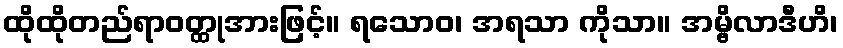
ထိုထိုတည်ရာဝတ္ထုအားဖြင့်။ ရသောဝ၊ အရသာ ကိုသာ။ အမ္ဗိလာဒီဟိ၊